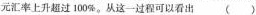
元汇率上升超过100%。从这一过程可以看出 （ ）